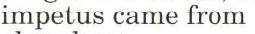
impetus came from